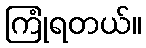
ကြုံရတယ်။